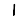
Digit: 1